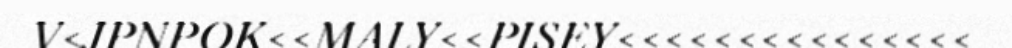
V<JPNPOK<<MALY<<PISEY<<<<<<<<<<<<<<<